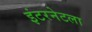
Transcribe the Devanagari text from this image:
इंटरनेटला